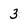
Character: 3